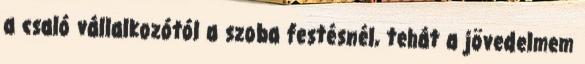
a csaló vállalkozótól a szoba festésnél, tehát a jövedelmem